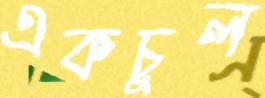
একচুল